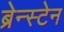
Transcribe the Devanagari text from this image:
ब्रेन्स्टेन